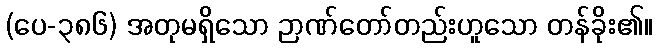
(ပေ-၃၈၆) အတုမရှိသော ဉာဏ်တော်တည်းဟူသော တန်ခိုး၏။